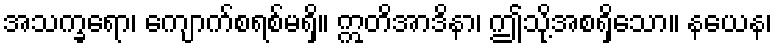
အသက္ခရော၊ ကျောက်စရစ်မရှိ။ ဣတိအာဒိနာ၊ ဤသို့အစရှိသော။ နယေန၊